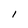
Character: 1